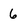
Character: 6